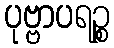
ပုဗ္ဗာပရဉ္စ